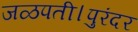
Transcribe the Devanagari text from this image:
जळपती।पुरंदर